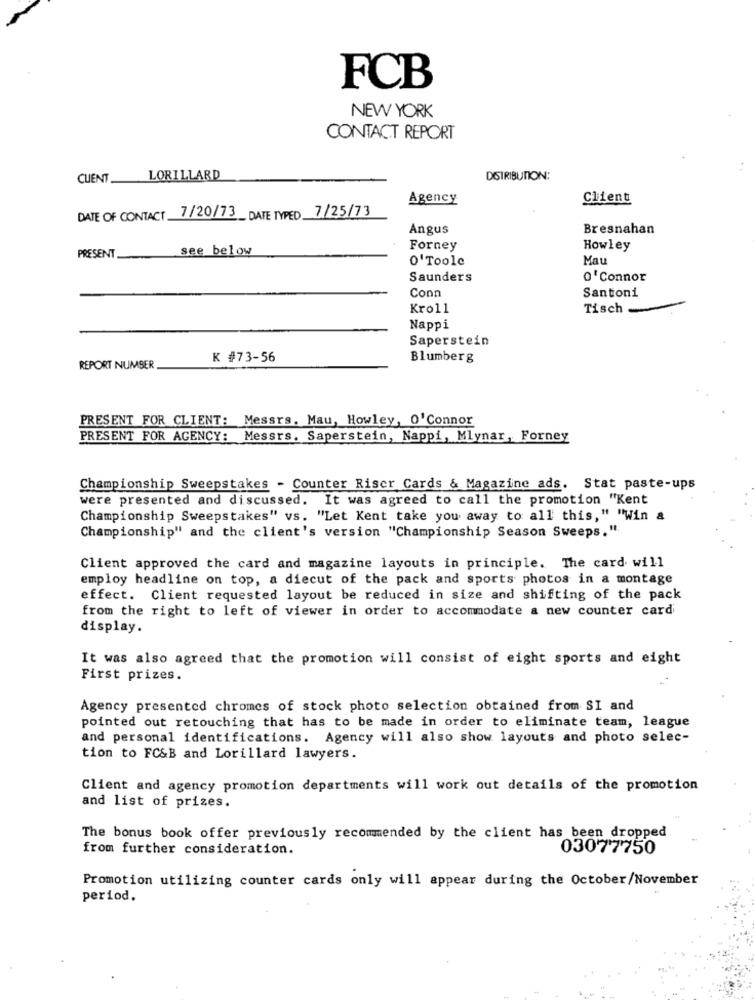
FCB
NEW YORK
CONTACT REPORT
CUENT_ LORILLARD
DISTRIBUTION:
Agency
Client
DATE OF CONTACT 7/20/73 DATE TYPED 7/25/73
Angus
Bresnahan
see below
Forney
Howley
PRESENT
0'Toole
Mau
Saunders
o'Connor
Conn
Santoni
Kroll
Tisch
Nappi
Saperstein
K #73-56
Blumberg
REPORT NUMBER
PRESENT FOR CLIENT: Messrs. Mau, Howley, O'Connor
PRESENT FOR AGENCY: Messrs. Saperstein, Nappi, Mlynar, Forney
Championship Sweepstakes - Counter Riser Cards & Magazine ads. Stat paste-ups
were presented and discussed. It was agreed to call the promotion "Kent
Championship Sweepstakes" vs. "Let Kent take you away to all' this," "Win &
Championship" and the client's version "Championship Season Sweeps.".
Client approved the card and magazine layouts in principle. The card will
employ headline on top, a diecut of the pack and sports photos in a montage
effect. Client requested layout be reduced in size and shifting of the pack
from the right to left of viewer in order to accommodate a new counter card
display.
It was also agreed that the promotion will consist of eight sports and eight
First prizes.
Agency presented chromes of stock photo selection obtained from SI and
pointed out retouching that has to be made in order to eliminate team, league
and personal identifications. Agency will also show layouts and photo selec-
tion to FC&B and Lorillard lawyers.
Client and agency promotion departments will work out details of the promotion
and list of prizes.
The bonus book offer previously recommended by the client has been dropped
from further consideration.
03077750
Promotion utilizing counter cards only will appear during the October/November
period.